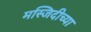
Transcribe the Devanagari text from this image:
मस्जिदीच्या